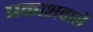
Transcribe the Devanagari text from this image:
प्रकाशवाले